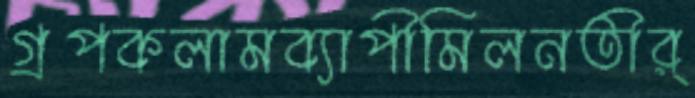
গ্রপকলামব্যাপীমিলনতীর্